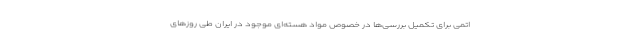
اتمی برای تکمیل بررسی‌ها در خصوص مواد هسته‌ای موجود در ایران طی روزهای